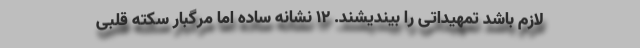
لازم باشد تمهیداتی را بیندیشند. 12 نشانه ساده اما مرگبار سکته قلبی